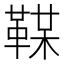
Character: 𩋞